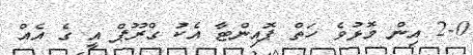
2-0 އިން މޮޅުވެ ހަތް ޕޮއިންޓާ އެކު ގްރޫޕް އީ ގެ އެއް